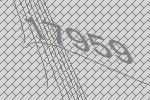
17959